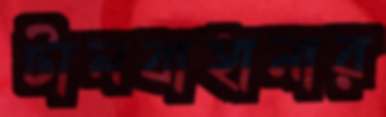
টালবাহানার